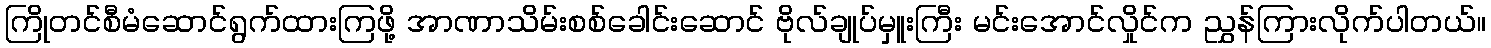
ကြိုတင်စီမံဆောင်ရွက်ထားကြဖို့ အာဏာသိမ်းစစ်ခေါင်းဆောင် ဗိုလ်ချုပ်မှူးကြီး မင်းအောင်လှိုင်က ညွှန်ကြားလိုက်ပါတယ်။